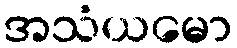
အသံယမော